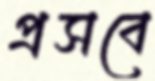
প্রসবে